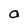
Character: a